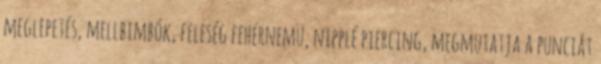
meglepetés, mellbimbók, feleség fehérnemü, nipplé piercing, megmutatja a punciát